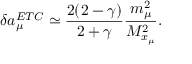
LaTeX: \delta a _ { \mu } ^ { E T C } \simeq \frac { 2 ( 2 - \gamma ) } { 2 + \gamma } \frac { m _ { \mu } ^ { 2 } } { M _ { x _ { \mu } } ^ { 2 } } .